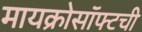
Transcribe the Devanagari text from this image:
मायक्रोसॉफ्टची